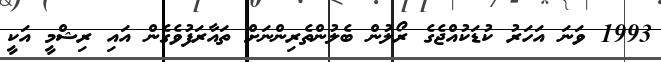
1993 ވަނަ އަހަރު ކުޑަކުއްޖެގެ ރޯލުން ބެލުންތެރިންނަށް ތައާރަފުވެގެން އައި ރިޝްމީ އަކީ